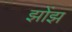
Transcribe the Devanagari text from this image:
झोंझ